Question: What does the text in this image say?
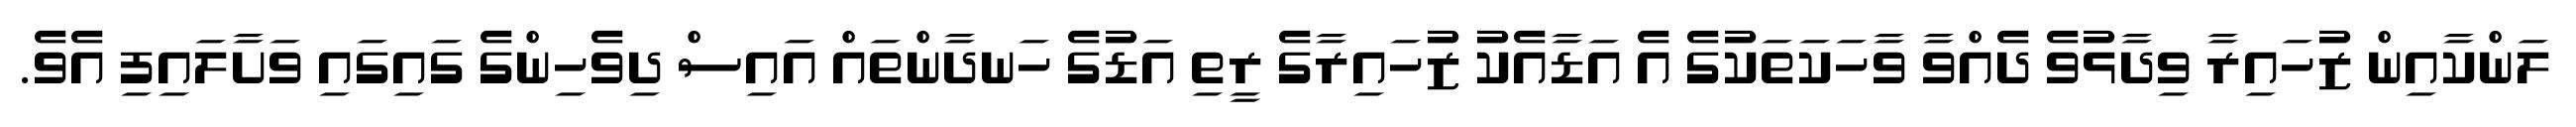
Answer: ލަންކާއިން ޒުހައިރާ ވިދާޅުވެ ދެއްވާ ވާހަކަތަކުގެ އެ އަޑާއެކު ޒުހައިރާގެ ރީތި އަޑުގެ ހަނދާންތައް އައިސް ދިވެހިންގެ ގައިގައި ވަށާލައިފި އެވެ.